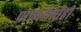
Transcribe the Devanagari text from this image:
प्राण्यांमधेही